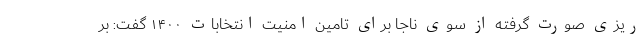
ریزی صورت گرفته از سوی ناجا برای تامین امنیت انتخابات ۱۴۰۰ گفت: بر